Civil Veterinary Dept. Assam report 1927-50 - 1927-1950
Year: 1927
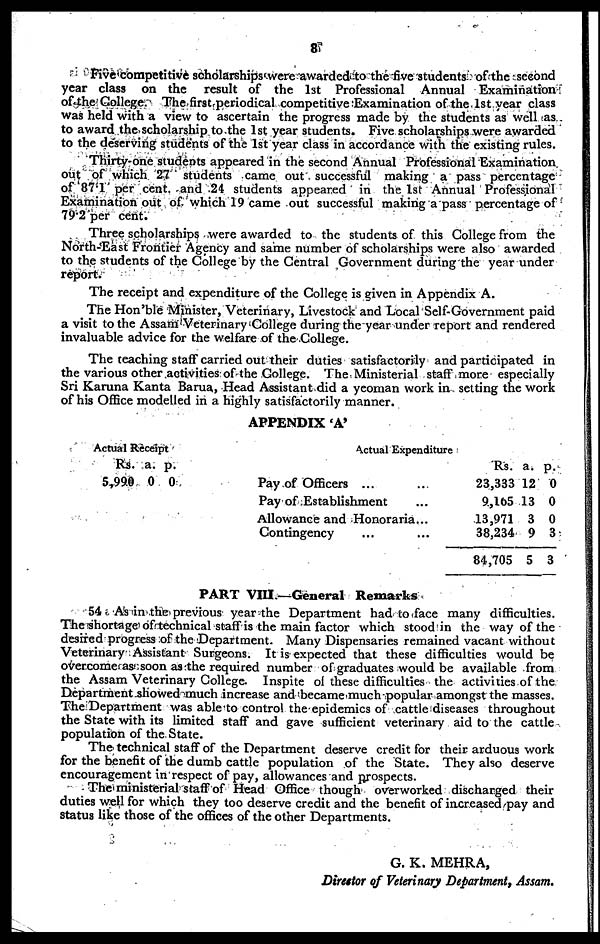
8
Five competitive scholarships were awarded to the five students of the second
year class on the result of the l3t Professional Annual Examination
of the College. The first periodical competitive Examination of the 1st year class
was held with a view to ascertain the progress made by the students as well as
to award the scholarship to the 1st year students. Five scholarships were awarded
to the deserving students of the 1st year class in accordance with the existing rules.
Thirty-one students appeared in the second Annual Professional Examination
out of which 27 students came out successful making a pass percentage
of 87.1 per cent. and 24 students appeared in the 1st Annual Professional
Examination out of which 19 came out successful making a pass percentage of
79.2 per cent.
Three scholarships were awarded to the students of this College from the
North-East Frontier Agency and same number of scholarships were also awarded
to the students of the College by the Central Government during the year under
report.
The receipt and expenditure of the College is given in Appendix A.
The Hon'ble Minister, Veterinary, Livestock and Local Self-Government paid
a visit to the Assam Veterinary College during the year under report and rendered
invaluable advice for the welfare of the College.
The teaching staff carried out their duties satisfactorily and participated in
the various other activities of the College. The Ministerial staff more especially
Sri Karuna Kanta Barua, Head Assistant did a yeoman work in setting the work
of his Office modelled in a highly satisfactorily manner.
APPENDIX 'A'
Actual Re
ceip
t
Rs.
5,99.0
a.
0
p.
0
Actual Expenditure
Pay of Officers ... ...
Pay of Establishment ...
Allowance and Honoraria...
Contingency ... ...
Rs.
23,333
9,165
13,971
38,234
84,705
a.
12
13
3
9
5
p.
0
0
0
3
3
PART VIII.—General Remarks
54 As in the previous year the Department had to face many difficulties.
The shortage of technical staff is the main factor which stood in the way of the
desired progress of the Department. Many Dispensaries remained vacant without
Veterinary Assistant Surgeons. It is expected that these difficulties would be
overcome as soon as the required number of graduates would be available from
the Assam Veterinary College. Inspite of these difficulties the activities of the
Department showed much increase and became much popular amongst the masses.
The Department was able to control the epidemics of cattle diseases throughout
the State with its limited staff and gave sufficient veterinary aid to the cattle
population of the State.
The technical staff of the Department deserve credit for their arduous work
for the benefit of the dumb cattle population of the State. They also deserve
encouragement in respect of pay, allowances and prospects.
The ministerial staff of Head Office though overworked discharged their
duties well for which they too deserve credit and the benefit of increased pay and
status like those of the offices of the other Departments.
G. K. MEHRA,
Director of Veterinary Department, Assam.